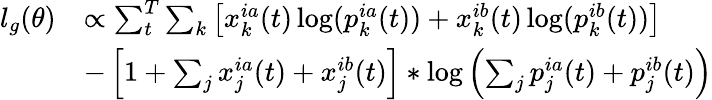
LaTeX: \begin{array}{rl}{l_{g}(\theta)}&{\propto\sum_{t}^{T}\sum_{k}\left[x_{k}^{ia}(t)\log(p_{k}^{ia}(t))+x_{k}^{ib}(t)\log(p_{k}^{ib}(t))\right]}\\ &{-\left[1+\sum_{j}x_{j}^{ia}(t)+x_{j}^{ib}(t)\right]*\log\left(\sum_{j}p_{j}^{ia}(t)+p_{j}^{ib}(t)\right)}\end{array}